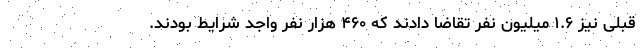
قبلی نیز ۱.۶ میلیون نفر تقاضا دادند که ۴۶۰ هزار نفر واجد شرایط بودند.